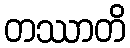
တဿာတိ